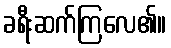
ခရီးဆက်ကြလေ၏။